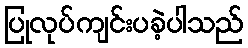
ပြုလုပ်ကျင်းပခဲ့ပါသည်